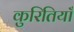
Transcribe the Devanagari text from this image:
कुरितियाँ